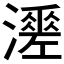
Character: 𤁺